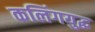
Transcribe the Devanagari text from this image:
कलिंगयुद्ध